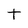
Character: t